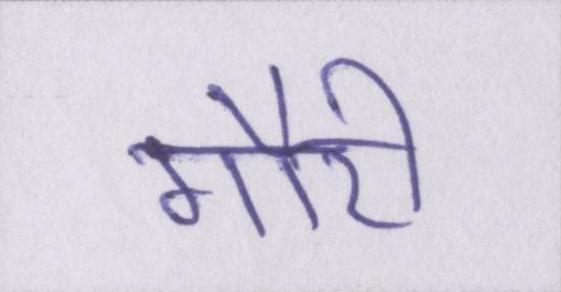
गौरी